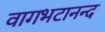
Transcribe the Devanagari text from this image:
वागभटानन्द